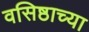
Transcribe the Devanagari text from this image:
वसिष्ठाच्या